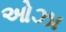
ઓઝા